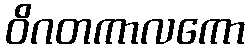
ဝိဂတကာလကော